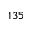
1 3 5